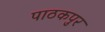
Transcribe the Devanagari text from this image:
पाठकपुर